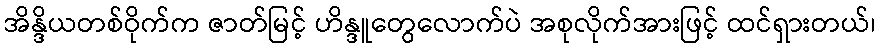
အိန္ဒိယတစ်ဝိုက်က ဇာတ်မြင့် ဟိန္ဒူတွေလောက်ပဲ အစုလိုက်အားဖြင့် ထင်ရှားတယ်၊